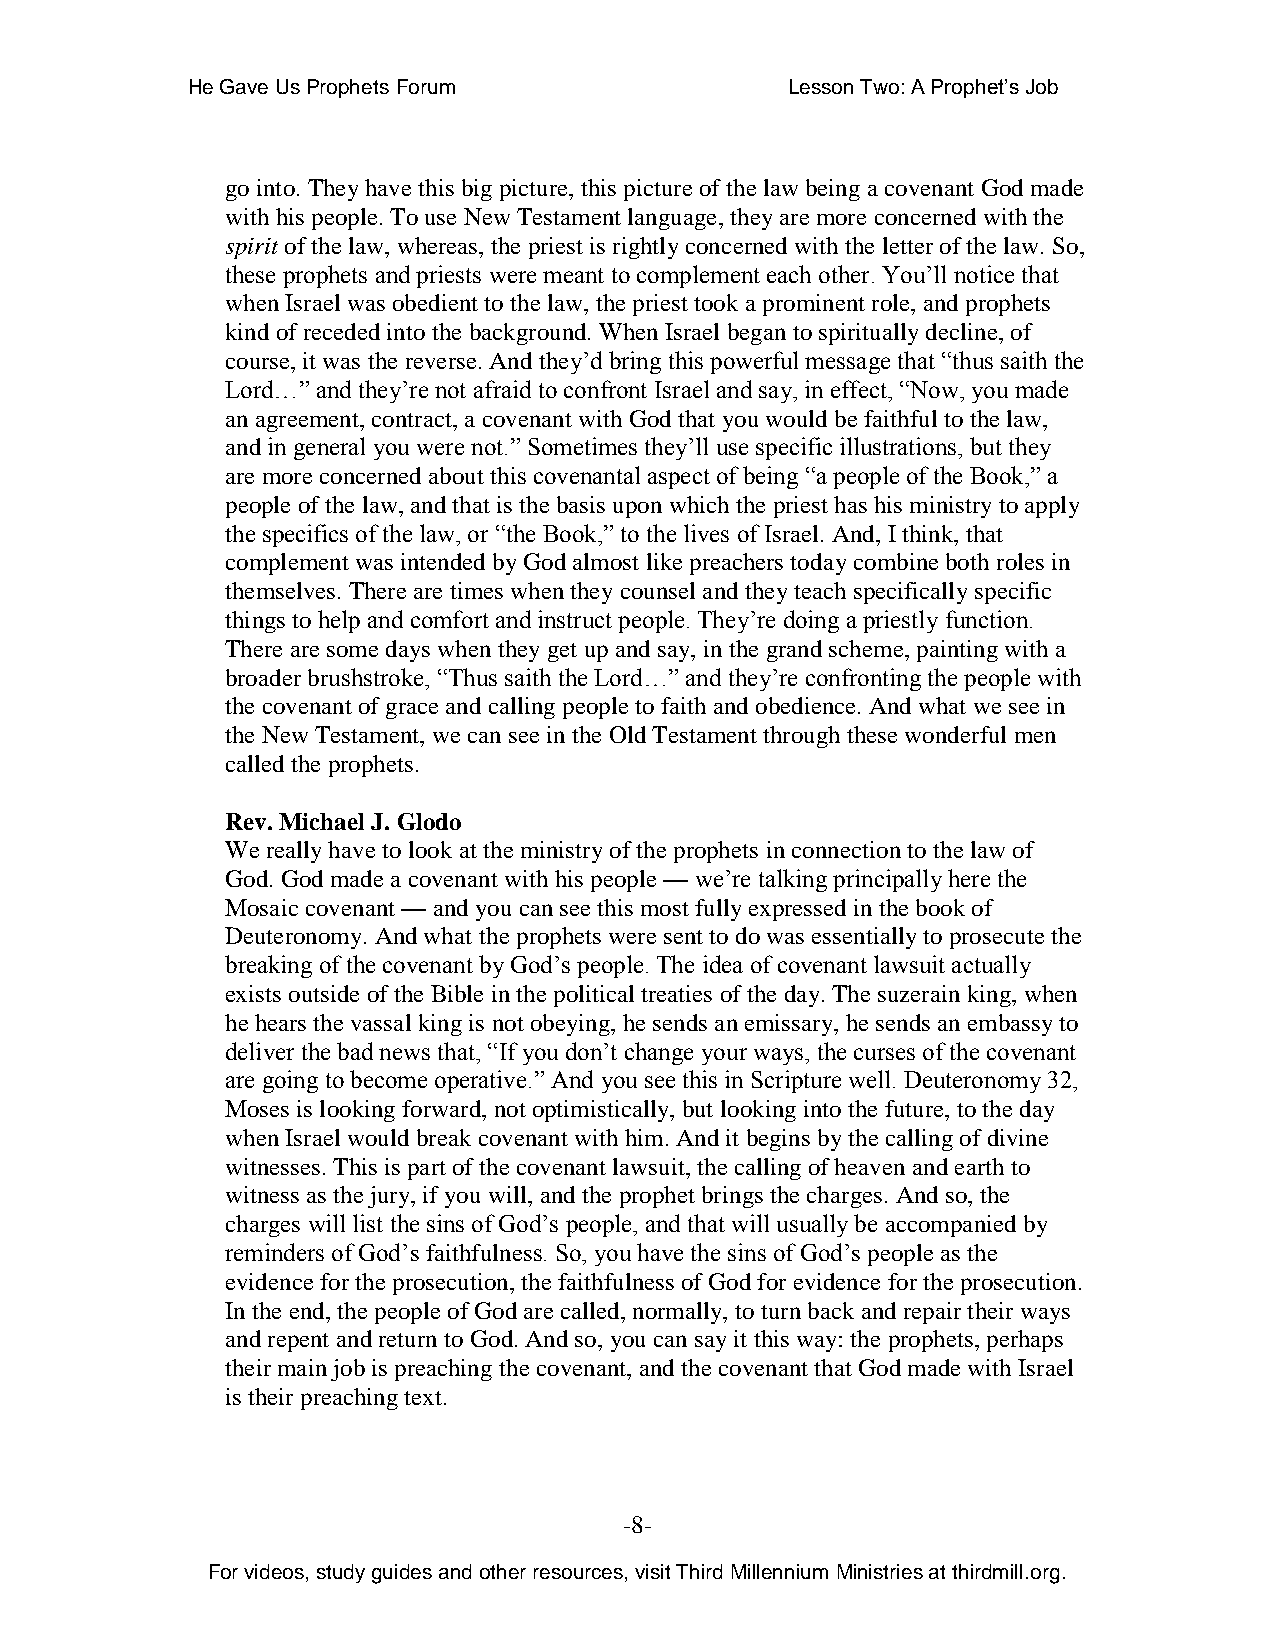
He Gave Us Prophets Forum               Lesson Two: A Prophet’s Job
 go into. They have this big picture, this picture of the law being a covenant God made
 with his people. To use New Testament language, they are more concerned with the
 spirit of the law, whereas, the priest is rightly concerned with the letter of the law. So,
 these prophets and priests were meant to complement each other. You’ll notice that
 when Israel was obedient to the law, the priest took a prominent role, and prophets
 kind of receded into the background. When Israel began to spiritually decline, of
 course, it was the reverse. And they’d bring this powerful message that “thus saith the
 Lord…” and they’re not afraid to confront Israel and say, in effect, “Now, you made
 an agreement, contract, a covenant with God that you would be faithful to the law,
 and in general you were not.” Sometimes they’ll use specific illustrations, but they
 are more concerned about this covenantal aspect of being “a people of the Book,” a
 people of the law, and that is the basis upon which the priest has his ministry to apply
 the specifics of the law, or “the Book,” to the lives of Israel. And, I think, that
 complement was intended by God almost like preachers today combine both roles in
 themselves. There are times when they counsel and they teach specifically specific
 things to help and comfort and instruct people. They’re doing a priestly function.
 There are some days when they get up and say, in the grand scheme, painting with a
 broader brushstroke, “Thus saith the Lord…” and they’re confronting the people with
 the covenant of grace and calling people to faith and obedience. And what we see in
 the New Testament, we can see in the Old Testament through these wonderful men
 called the prophets.
 Rev. Michael J. Glodo
 We really have to look at the ministry of the prophets in connection to the law of
 God. God made a covenant with his people — we’re talking principally here the
 Mosaic covenant — and you can see this most fully expressed in the book of
 Deuteronomy. And what the prophets were sent to do was essentially to prosecute the
 breaking of the covenant by God’s people. The idea of covenant lawsuit actually
 exists outside of the Bible in the political treaties of the day. The suzerain king, when
 he hears the vassal king is not obeying, he sends an emissary, he sends an embassy to
 deliver the bad news that, “If you don’t change your ways, the curses of the covenant
 are going to become operative.” And you see this in Scripture well. Deuteronomy 32,
 Moses is looking forward, not optimistically, but looking into the future, to the day
 when Israel would break covenant with him. And it begins by the calling of divine
 witnesses. This is part of the covenant lawsuit, the calling of heaven and earth to
 witness as the jury, if you will, and the prophet brings the charges. And so, the
 charges will list the sins of God’s people, and that will usually be accompanied by
 reminders of God’s faithfulness. So, you have the sins of God’s people as the
 evidence for the prosecution, the faithfulness of God for evidence for the prosecution.
 In the end, the people of God are called, normally, to turn back and repair their ways
 and repent and return to God. And so, you can say it this way: the prophets, perhaps
 their main job is preaching the covenant, and the covenant that God made with Israel
 is their preaching text.
 -8-
 For videos, study guides and other resources, visit Third Millennium Ministries at thirdmill.org.